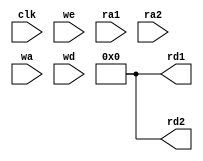
module reg_file (
    input clk,
    input we,
    input [4:0] ra1, ra2, wa,
    input [31:0] wd,
    output [31:0] rd1, rd2
);
    parameter DEPTH = 32;
    reg [31:0] mem [0:31];
    assign rd1 = 32'd0;
    assign rd2 = 32'd0;
endmodule